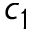
c _ { 1 }